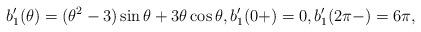
LaTeX: \begin{align*}b_1'(\theta) = (\theta^2-3) \sin \theta + 3 \theta \cos \theta,b_1'(0+) = 0, b_1'(2\pi-) = 6\pi,\end{align*}